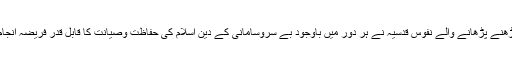
ان میں پڑھنے پڑھانے والے نفوسِ قدسیہ نے ہر دور میں باوجود بے سروسامانی کے دین اسلام کی حفاظت وصیانت کا قابل قدر فریضہ انجام دیا ہے۔